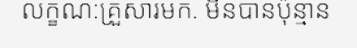
លក្ខណ:គ្រួសារមក. មិនបានប៉ុន្មាន